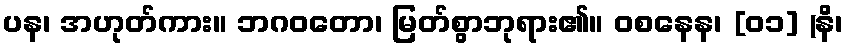
ပန၊ အဟုတ်ကား။ ဘဂဝတော၊ မြတ်စွာဘုရား၏။ ဝစနေန၊ [၀၁] (နိ၊